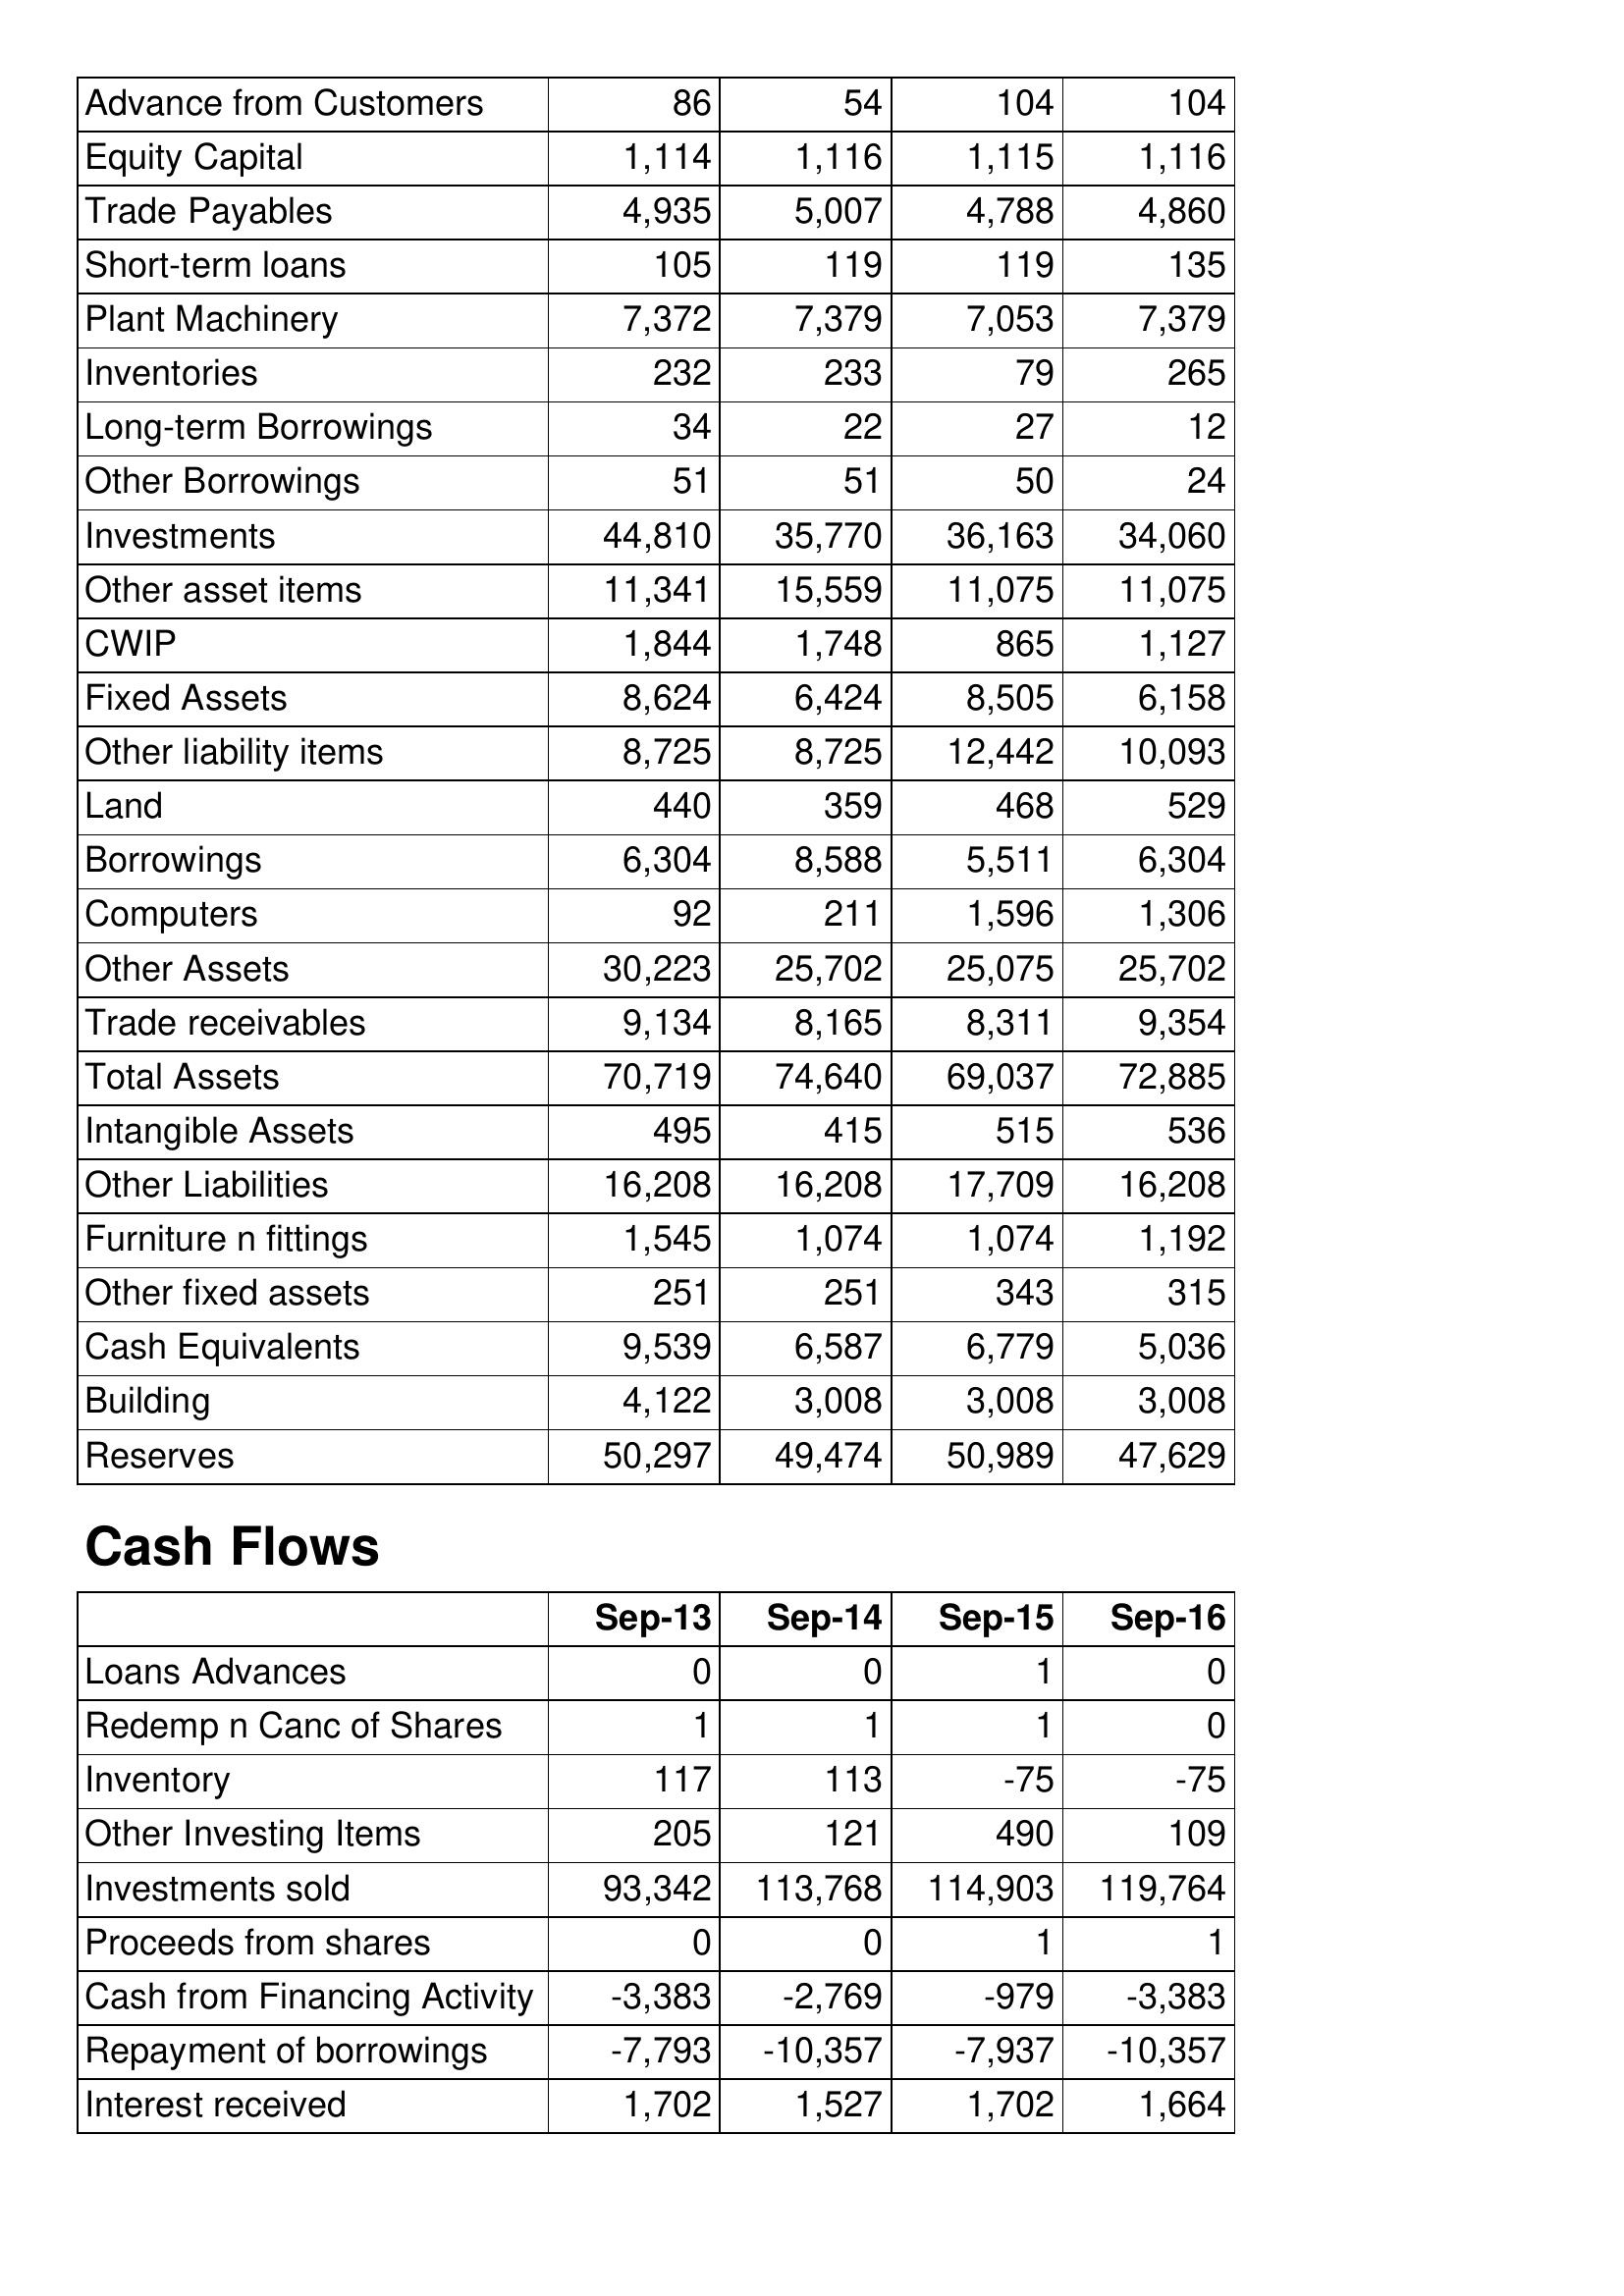
Sep-13: Balance Sheet: Advance from Customers: 86
Equity Capital: 1,114
Trade Payables: 4,935
Short-term loans: 105
Plant Machinery: 7,372
Inventories: 232
Long-term Borrowings: 34
Other Borrowings: 51
Investments: 44,810
Other asset items: 11,341
CWIP: 1,844
Fixed Assets: 8,624
Other liability items: 8,725
Land: 440
Borrowings: 6,304
Computers: 92
Other Assets: 30,223
Trade receivables: 9,134
Total Assets: 70,719
Intangible Assets: 495
Other Liabilities: 16,208
Furniture n fittings: 1,545
Other fixed assets: 251
Cash Equivalents: 9,539
Building: 4,122
Reserves: 50,297
Cash Flows: Loans Advances: 0
Redemp n Canc of Shares: 1
Inventory: 117
Other Investing Items: 205
Investments sold: 93,342
Proceeds from shares: 0
Cash from Financing Activity: -3,383
Repayment of borrowings: -7,793
Interest received: 1,702
Sep-14: Balance Sheet: Advance from Customers: 54
Equity Capital: 1,116
Trade Payables: 5,007
Short-term loans: 119
Plant Machinery: 7,379
Inventories: 233
Long-term Borrowings: 22
Other Borrowings: 51
Investments: 35,770
Other asset items: 15,559
CWIP: 1,748
Fixed Assets: 6,424
Other liability items: 8,725
Land: 359
Borrowings: 8,588
Computers: 211
Other Assets: 25,702
Trade receivables: 8,165
Total Assets: 74,640
Intangible Assets: 415
Other Liabilities: 16,208
Furniture n fittings: 1,074
Other fixed assets: 251
Cash Equivalents: 6,587
Building: 3,008
Reserves: 49,474
Cash Flows: Loans Advances: 0
Redemp n Canc of Shares: 1
Inventory: 113
Other Investing Items: 121
Investments sold: 113,768
Proceeds from shares: 0
Cash from Financing Activity: -2,769
Repayment of borrowings: -10,357
Interest received: 1,527
Sep-15: Balance Sheet: Advance from Customers: 104
Equity Capital: 1,115
Trade Payables: 4,788
Short-term loans: 119
Plant Machinery: 7,053
Inventories: 79
Long-term Borrowings: 27
Other Borrowings: 50
Investments: 36,163
Other asset items: 11,075
CWIP: 865
Fixed Assets: 8,505
Other liability items: 12,442
Land: 468
Borrowings: 5,511
Computers: 1,596
Other Assets: 25,075
Trade receivables: 8,311
Total Assets: 69,037
Intangible Assets: 515
Other Liabilities: 17,709
Furniture n fittings: 1,074
Other fixed assets: 343
Cash Equivalents: 6,779
Building: 3,008
Reserves: 50,989
Cash Flows: Loans Advances: 1
Redemp n Canc of Shares: 1
Inventory: -75
Other Investing Items: 490
Investments sold: 114,903
Proceeds from shares: 1
Cash from Financing Activity: -979
Repayment of borrowings: -7,937
Interest received: 1,702
Sep-16: Balance Sheet: Advance from Customers: 104
Equity Capital: 1,116
Trade Payables: 4,860
Short-term loans: 135
Plant Machinery: 7,379
Inventories: 265
Long-term Borrowings: 12
Other Borrowings: 24
Investments: 34,060
Other asset items: 11,075
CWIP: 1,127
Fixed Assets: 6,158
Other liability items: 10,093
Land: 529
Borrowings: 6,304
Computers: 1,306
Other Assets: 25,702
Trade receivables: 9,354
Total Assets: 72,885
Intangible Assets: 536
Other Liabilities: 16,208
Furniture n fittings: 1,192
Other fixed assets: 315
Cash Equivalents: 5,036
Building: 3,008
Reserves: 47,629
Cash Flows: Loans Advances: 0
Redemp n Canc of Shares: 0
Inventory: -75
Other Investing Items: 109
Investments sold: 119,764
Proceeds from shares: 1
Cash from Financing Activity: -3,383
Repayment of borrowings: -10,357
Interest received: 1,664